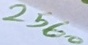
Text: 2560